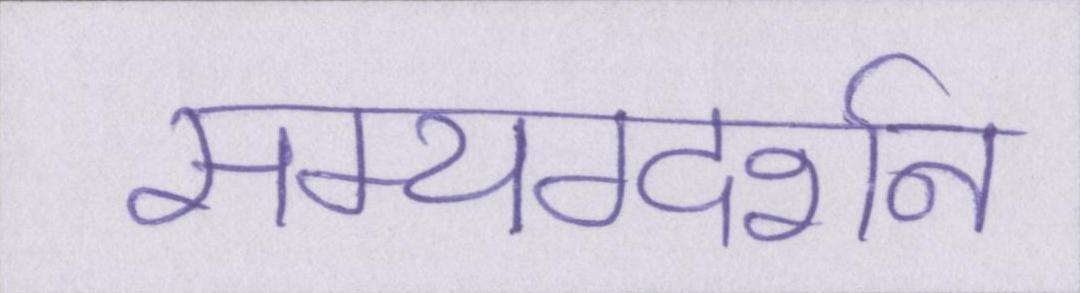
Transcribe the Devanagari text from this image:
सम्यग्दर्शन